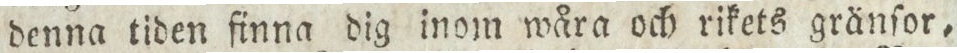
denna tiden finna dig inom wåra och rikets gränſor,